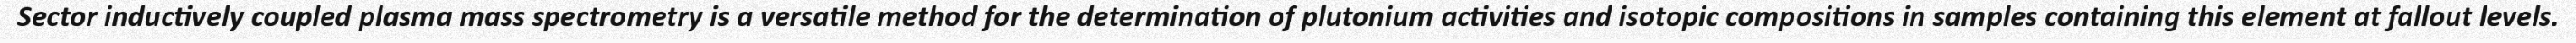
Sector inductively coupled plasma mass spectrometry is a versatile method for the determination of plutonium activities and isotopic compositions in samples containing this element at fallout levels.